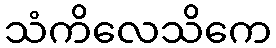
သံကိလေသိကေ